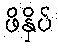
ဖိနှိပ်